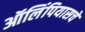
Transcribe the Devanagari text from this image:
ऑलिंपियासचे